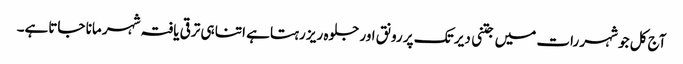
آج کل جو شہر رات میں جتنی دیر تک پر رونق اور جلوہ ریز رہتاہے اتنا ہی ترقی یافتہ شہر مانا جاتاہے۔